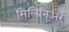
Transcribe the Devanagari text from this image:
मिलिनिअर